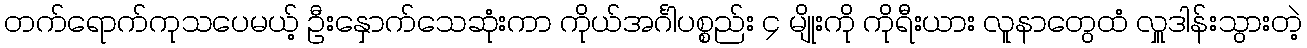
တက်ရောက်ကုသပေမယ့် ဦးနှောက်သေဆုံးကာ ကိုယ်အင်္ဂါပစ္စည်း ၄ မျိုးကို ကိုရီးယား လူနာတွေထံ လှူဒါန်းသွားတဲ့